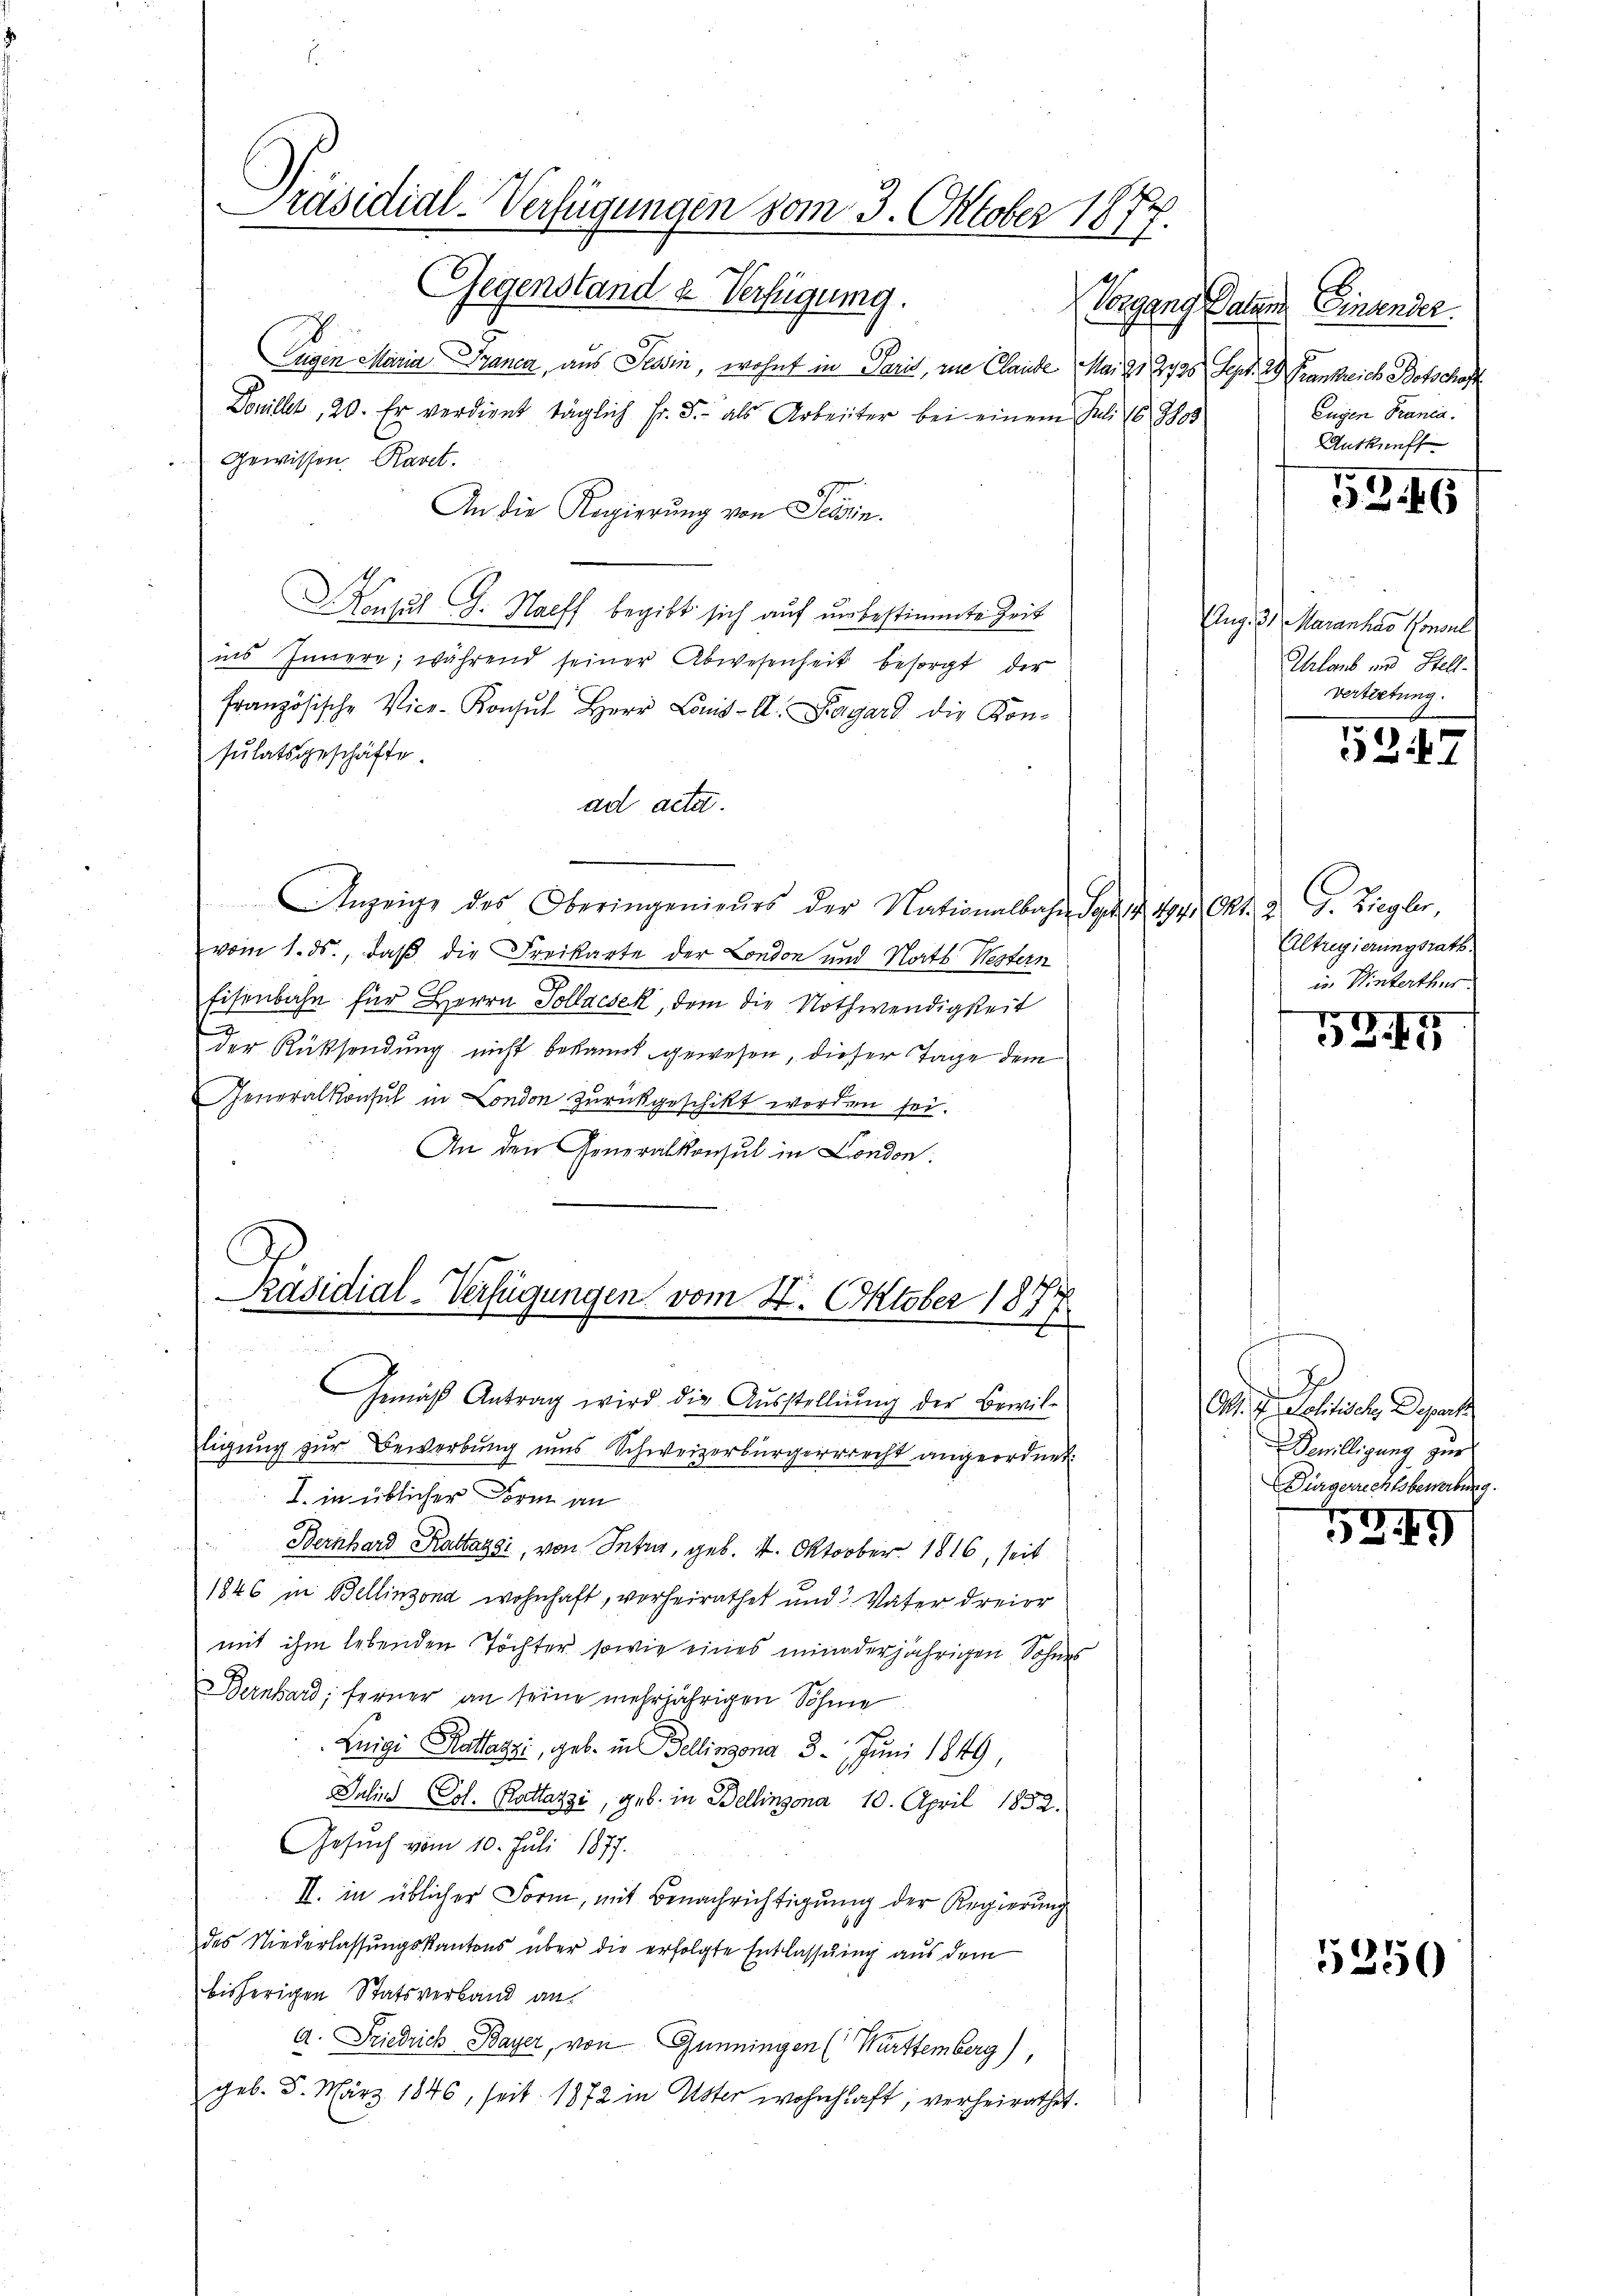
Präsidial-Verfügungen vom 3. Oktober 1877.

Gegenstand u. Verfügung.
Reppig
Sugen Maria Gyanca, aus Tessin, wohnt in Paris, in Claude Mai 18736
s
Donillet, 20. Er verdient täglich Fr. 5.- als Arbeiter bei einem Juli 16 1893
Gewissen. Ravet.
An die Regierung von Tessin.
D. Konsul J. Nacht begibt sich auf unbestimmte Zeit
ins Innern, während seiner Abwesenheit besorgt der
französische Vice-Konsul Herr Louis-M. Pagard die Kon-
sulatsgeschäfte
ad acta.
Anzeige des Oberingenieŭrs der Nationalbahn der 1941
vom 1. ds., daß die Freikarte der London und Rath Western
Eisenbahn für Herrn Pollacsek, dem die Nothwendigkeit
der Rücksendung nicht bekannt gewesen, dieser Tage dem
Generalkonsul in London zurückgeschikt worden sei.
An den Generalkonsul in London.
Präsidial-Verfügungen vom 4. Oktober 1877
Gemäß Antrag wird die Aŭsstellung der Bewil-
ligung zur Bewerbung uns Schweizerbürgerrrecht angeordnet.
I. in üblicher Form an
Bernhard Kattazzi, von Inter, geb. 4. Oktober 1816, seit
1846 in Bellinzona wohnhaft, vorheirathet und Vater dreier
mit ihm lebenden Töchter, sowie eines minderjährigen Sohnes
Bernhard, ferner an seine mehrjährigen Söhne
Luigi Ratazzi, geb. in Bellinzona 3. Juni 1849
Jalins Pol. Kottazzi, geb. in Bellinzona 10. April 1832.
Gesuch vom 10. Juli 1877.
II. in üblicher Form, mit Benachrichtigung der Regierung
des Niederlassŭngskantons über die erfolgte Entlassŭng aus dem
bisherigen Statsverband an.
A. Friedrich Bayer, von Günningen ( Württemberg),
geb. 8. März 1846, seit 1872 in Uster wohnhaft; verheirathet.

Datum Einsender.
Senti ad Prante ich Rohstof
Eugen Franca.
Auskunft

536

Aug. d. Maranher Konsul
Uhrlaub und Stell¬
Vertretung.

5347

Okt. d. G. Ziegler,
Altregierungsrath
in Winterthur.

53. 45

A. J. Schlich Depar
Bewilligung zur
Dürgerrechtsbewerbung.

539

5250